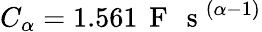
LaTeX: C_{\alpha}=1.561\, \mathrm{~F~\, ~s~}^{(\alpha-1)}